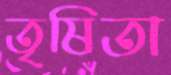
তৃষিতা